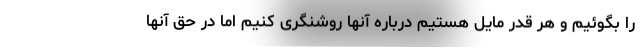
را بگوئیم و هر قدر مایل هستیم درباره آنها روشنگری کنیم اما در حق آنها